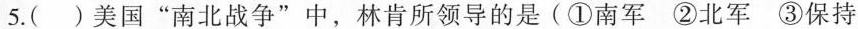
5.()美国”南北战争”中，林肯所领导的是(①南军②北军③保持